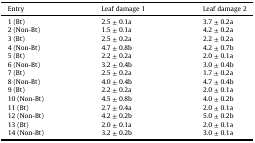
<table><thead><tr><td><b>Entry</b></td><td><b>Leaf damage 1</b></td><td><b>Leaf damage 2</b></td></tr></thead><tbody><tr><td>1 (Bt)</td><td>2.5 ± 0.1a</td><td>3.7 ± 0.2a</td></tr><tr><td>2 (Non-Bt)</td><td>1.5 ± 0.1a</td><td>4.2 ± 0.2a</td></tr><tr><td>3 (Bt)</td><td>2.5 ± 0.2a</td><td>2.2 ± 0.2a</td></tr><tr><td>4 (Non-Bt)</td><td>4.7 ± 0.8b</td><td>4.2 ± 0.7b</td></tr><tr><td>5 (Bt)</td><td>2.2 ± 0.2a</td><td>2.0 ± 0.1a</td></tr><tr><td>6 (Non-Bt)</td><td>3.2 ± 0.4b</td><td>3.0 ± 0.4b</td></tr><tr><td>7 (Bt)</td><td>2.5 ± 0.2a</td><td>1.7 ± 0.2a</td></tr><tr><td>8 (Non-Bt)</td><td>4.0 ± 0.4b</td><td>4.7 ± 0.4b</td></tr><tr><td>9 (Bt)</td><td>2.2 ± 0.2a</td><td>2.0 ± 0.1a</td></tr><tr><td>10 (Non-Bt)</td><td>4.5 ± 0.8b</td><td>4.0 ± 0.2b</td></tr><tr><td>11 (Bt)</td><td>2.7 ± 0.4a</td><td>2.0 ± 0.1a</td></tr><tr><td>12 (Non-Bt)</td><td>4.2 ± 0.2b</td><td>5.0 ± 0.2b</td></tr><tr><td>13 (Bt)</td><td>2.0 ± 0.1a</td><td>2.0 ± 0.1a</td></tr><tr><td>14 (Non-Bt)</td><td>3.2 ± 0.2b</td><td>3.0 ± 0.1a</td></tr></tbody></table>